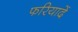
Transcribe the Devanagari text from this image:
फरियादें